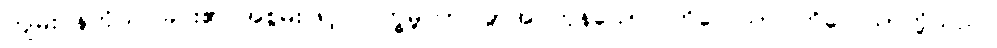
ကျမ်းဂန်ကိုသင်ခြင်း၏ အစွမ်းဖြင့်။ ဝိက္ခမ္ဘိတာ၊ ခွာအပ်ကုန်သော။ ကိလေသာ၊ ကိလေသာတို့သည်။